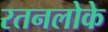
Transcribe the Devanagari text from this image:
रतनलोके